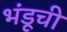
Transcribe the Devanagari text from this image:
भंडूची